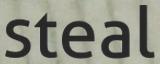
steal